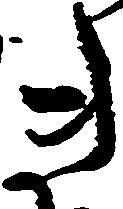
き